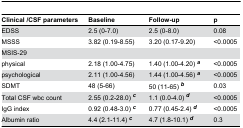
| Clinical /CSF parameters | Baseline | Follow-up | p |
 | --- | --- | --- | --- |
 | EDSS | 2.5 (0-7.0) | 2.5 (0-8.0) | 0.08 |
 | MSSS | 3.82 (0.19-8.55) | 3.20 (0.17-9.20) | <0.0005 |
 | MSIS-29 |  |  |  |
 | physical | 2.18 (1.00-4.75) | 1.40 (1.00-4.20) a | <0.0005 |
 | psychological | 2.11 (1.00-4.56) | 1.44 (1.00-4.56) a | <0.0005 |
 | SDMT | 48 (5-66) | 50 (11-65) b | 0.03 |
 | Total CSF wbc count | 2.55 (0.2-28.0) c | 1.1 (0.0-4.0) d | <0.0005 |
 | IgG index | 0.92 (0.48-3.0) c | 0.77 (0.45-2.4) d | <0.0005 |
 | Albumin ratio | 4.4 (2.1-11.4) c | 4.7 (1.8-10.1) d | 0.3 |